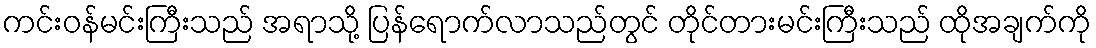
ကင်းဝန်မင်းကြီးသည် အရာသို့ ပြန်ရောက်လာသည်တွင် တိုင်တားမင်းကြီးသည် ထိုအချက်ကို